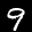
Label: 9